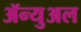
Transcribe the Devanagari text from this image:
ॲन्युअल